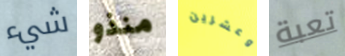
شيء منذو وعشرين تعبة